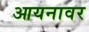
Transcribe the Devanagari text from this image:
आयनावर